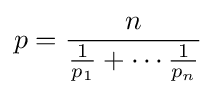
p={\frac {n}{{\frac {1}{p_{1}}}+\cdots {\frac {1}{p_{n}}}}}